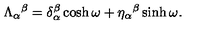
\Lambda _ { \alpha } { } ^ { \beta } = \delta _ { \alpha } ^ { \beta } \cosh \omega + \eta _ { \alpha } { } ^ { \beta } \sinh \omega .